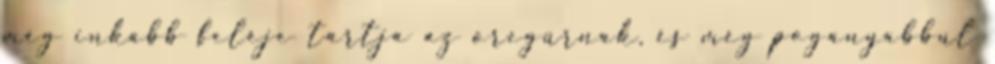
még inkább feléje tartja az öregúrnak, és még pogányabbul